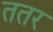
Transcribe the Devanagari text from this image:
ततर